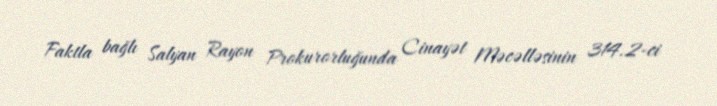
Faktla bağlı Salyan Rayon Prokurorluğunda Cinayət Məcəlləsinin 314.2-ci